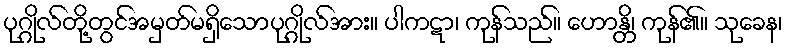
ပုဂ္ဂိုလ်တို့တွင်အမှတ်မရှိသောပုဂ္ဂိုလ်အား။ ပါကဋာ၊ ကုန်သည်။ ဟောန္တိ၊ ကုန်၏။ သုခေန၊